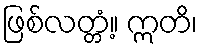
ဖြစ်လတ္တံ့။ ဣတိ၊